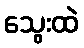
သွေးထဲ